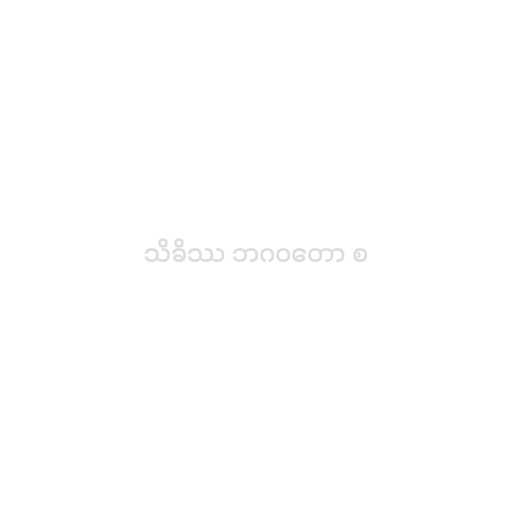
သိခိဿ ဘဂဝတော စ